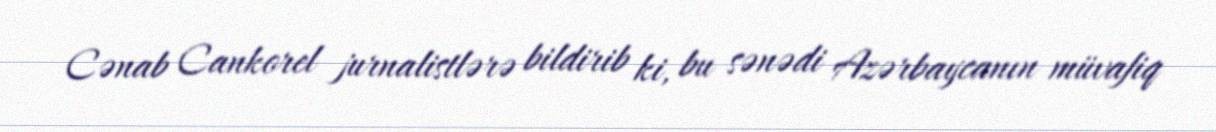
Cənab Cankorel jurnalistlərə bildirib ki, bu sənədi Azərbaycanın müvafiq